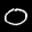
Label: 0